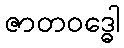
ဇာတဝဒ္ဓေါ